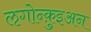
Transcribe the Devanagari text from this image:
ऌगोन्क़ुइअन